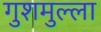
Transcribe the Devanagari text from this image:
गुशमुल्ला